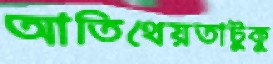
আতিথেয়তাটুকু